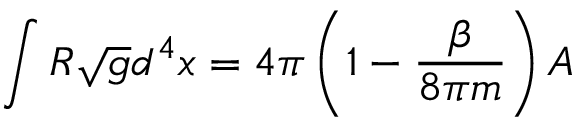
\int R \sqrt { g } d ^ { 4 } x = 4 \pi \left( 1 - { \frac { \beta } { 8 \pi m } } \right) A